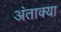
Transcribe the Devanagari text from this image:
अंताक्या